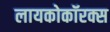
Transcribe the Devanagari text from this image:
लायकोकॉरक्स